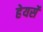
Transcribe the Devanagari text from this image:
हेयर्से